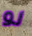
لو